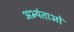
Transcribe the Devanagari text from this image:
अभ्यंताओं